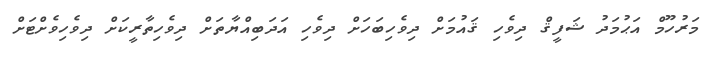
މަރުހޫމް އަޙުމަދު ޝަފީޤް ދިވެހި ޤައުމަށް ދިވެހިބަހަށް ދިވެހި އަދަބިއްޔާތަށް ދިވެހިތާރީކަށް ދިވެހިވެށްޓަށް